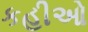
કહીઓ